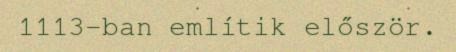
1113-ban említik először.